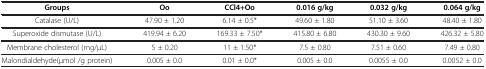
<table><thead><tr><td><b>Groups</b></td><td><b>Oo</b></td><td><b>CCl4+Oo</b></td><td><b>0.016 g/kg</b></td><td><b>0.032 g/kg</b></td><td><b>0.064 g/kg</b></td></tr></thead><tbody><tr><td>Catalase (U/L)</td><td>47.90 ± 1.20</td><td>6.14 ± 0.5*</td><td>49.60 ± 1.80</td><td>51.10 ± 3.60</td><td>48.40 ± 1.80</td></tr><tr><td>Superoxide dismutase (U/L)</td><td>419.94 ± 6.20</td><td>169.33 ± 7.50*</td><td>415.80 ± 6.80</td><td>430.30 ± 9.60</td><td>426.32 ± 5.80</td></tr><tr><td>Membrane cholesterol (mg/μL)</td><td>5 ± 0.20</td><td>11 ± 1.50*</td><td>7.5 ± 0.80</td><td>7.51 ± 0.60</td><td>7.49 ± 0.80</td></tr><tr><td>Malondialdehyde(μmol /g protein)</td><td>0.005 ± 0.0</td><td>0.01 ± 0.0*</td><td>0.005 ± 0.0</td><td>0.0055 ± 0.0</td><td>0.0052 ± 0.0</td></tr></tbody></table>